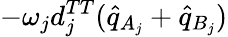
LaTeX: -\omega_{j}d_{j}^{TT}(\hat{q}_{A_{j}}+\hat{q}_{B_{j}})